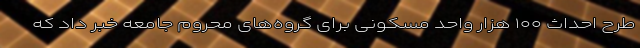
طرح احداث ۱۰۰ هزار واحد مسکونی برای گروه‌های محروم جامعه خبر داد که